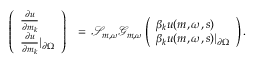
\begin{array} { r l } { \left( \begin{array} { l } { \frac { \partial u } { \partial m _ { k } } } \\ { \frac { \partial u } { \partial m _ { k } } \vert _ { \partial \Omega } } \end{array} \right) } & { = \, \mathscr { S } _ { \boldsymbol { m } , \omega } \mathcal { G } _ { \boldsymbol { m } , \omega } \left( \begin{array} { l } { \beta _ { k } u ( \boldsymbol { m } , \omega , s ) } \\ { \beta _ { k } u ( \boldsymbol { m } , \omega , s ) \vert _ { \partial \Omega } } \end{array} \right) . } \end{array}